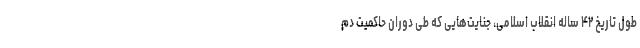
طول تاریخ ۴۲ ساله انقلاب اسلامی، جنایت‌هایی که طی دوران حاکمیت دم